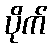
ပိုက်